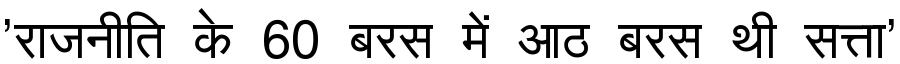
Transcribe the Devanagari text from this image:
'राजनीति के 60 बरस में आठ बरस थी सत्ता'